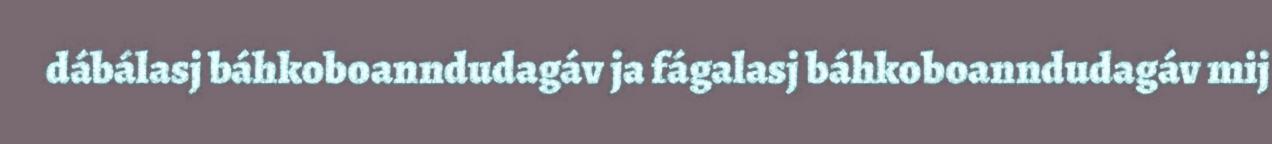
dábálasj báhkoboanndudagáv ja fágalasj báhkoboanndudagáv mij